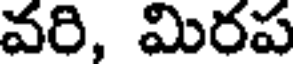
వరి, మిరప